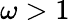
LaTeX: \omega>1